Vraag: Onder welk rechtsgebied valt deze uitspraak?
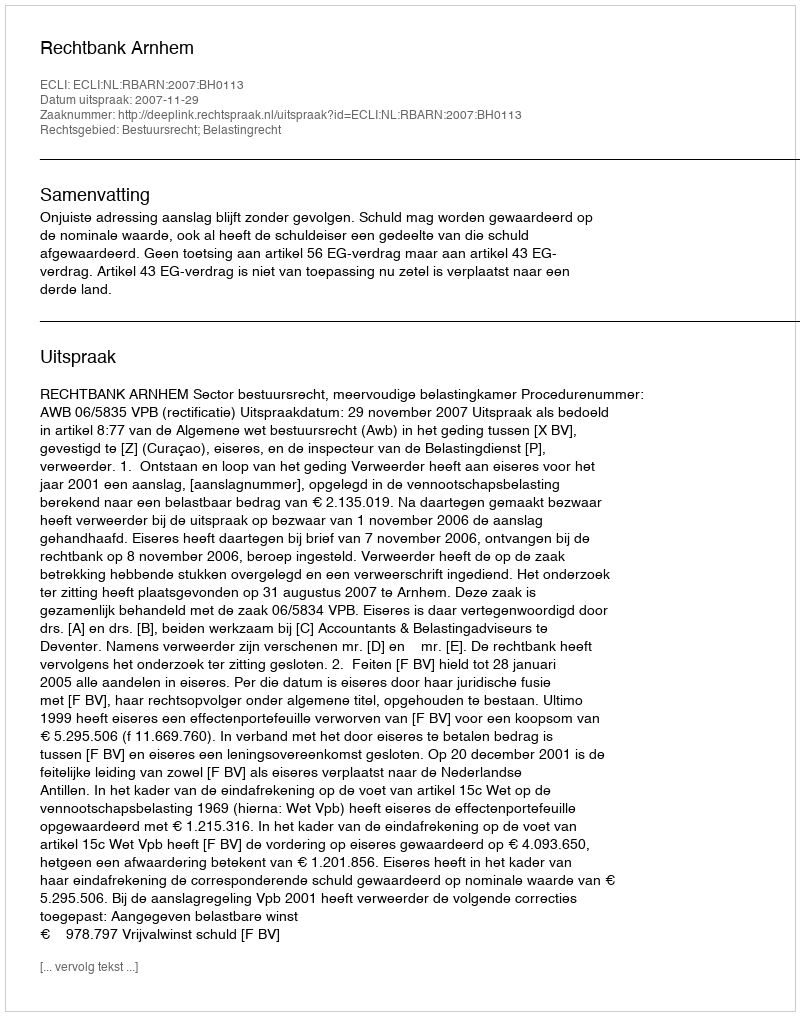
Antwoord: Bestuursrecht; Belastingrecht